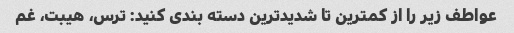
عواطف زیر را از کمترین تا شدیدترین دسته بندی کنید: ترس، هیبت، غم